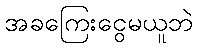
အခကြေးငွေမယူဘဲ